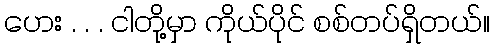
ဟေး . . . ငါတို့မှာ ကိုယ်ပိုင် စစ်တပ်ရှိတယ်။